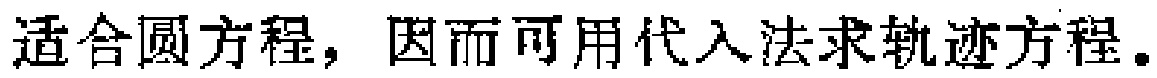
适合圆方程，因而可用代入法求轨迹方程。